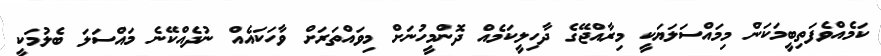
ކަމެއްވެފަތިބީމަކަން މިމައްސަލަޔަކީ މިރާއްޖޭގެ ދާހިލީކަމެއް ދޮންމީހުނަށް މިވައްތަރަށް ވާހަކައެއް ނުދެއްކޭނެ މައްސަލަ ބެލުމަކީ